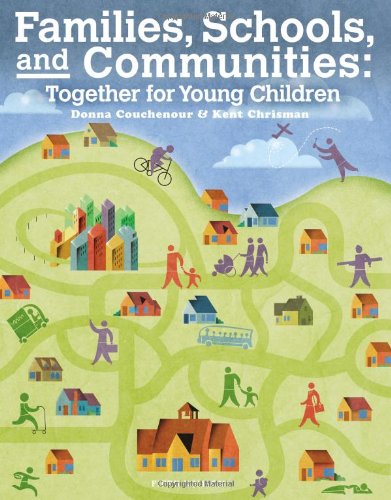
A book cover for Families, Schools and Communities: Together for Young Children; Donna Couchenour; Parenting & Relationships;